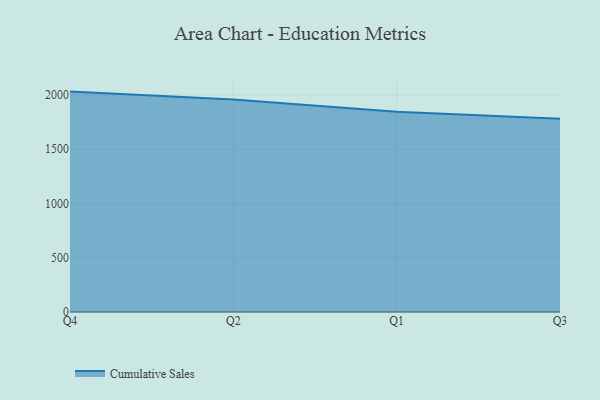
{"axis": {"x": "Quarter", "y": "Website Visitors"}, "legend": ["Cumulative Sales"], "data": [{"x": "Q4", "y": 2029.9, "type": "Cumulative Sales"}, {"x": "Q2", "y": 1957.6, "type": "Cumulative Sales"}, {"x": "Q1", "y": 1843.6, "type": "Cumulative Sales"}, {"x": "Q3", "y": 1779.8, "type": "Cumulative Sales"}]}